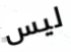
ليس